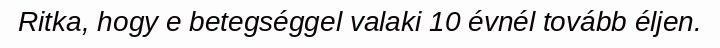
Ritka, hogy e betegséggel valaki 10 évnél tovább éljen.